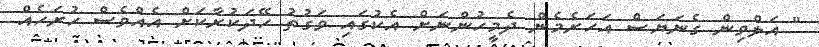
" އަލްވިން ގެނަޔަސް އަހަރެމެން ދެމީހުންނަށް އެކުގައި ވަގުތު ހޭދަކުރާކަށް އެއްވެސް ހުރަހެއް